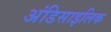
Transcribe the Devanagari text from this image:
अंडिसाइलिक